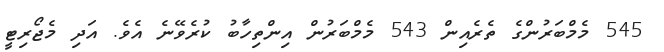
545 މެމްބަރުންގެ ތެރެއިން 543 މެމްބަރުން އިންތިހާބު ކުރެވޭނެ އެވެ. އަދި މެޖޯރިޓީ